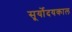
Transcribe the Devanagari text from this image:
सूर्योदयकाल